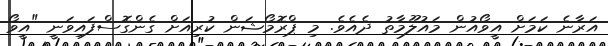
އަރާނެ ކަމަށް އީވޯއުން މައުލޫމާތު ދެއެވެ. މި ޕްރޮމޯޝަން ކުރިއަށް ގެންގޮސްފައިވަނީ "އީވޯ